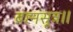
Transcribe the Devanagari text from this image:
ब्रह्मसूत्र॥